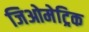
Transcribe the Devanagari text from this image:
जिओमेट्रिक